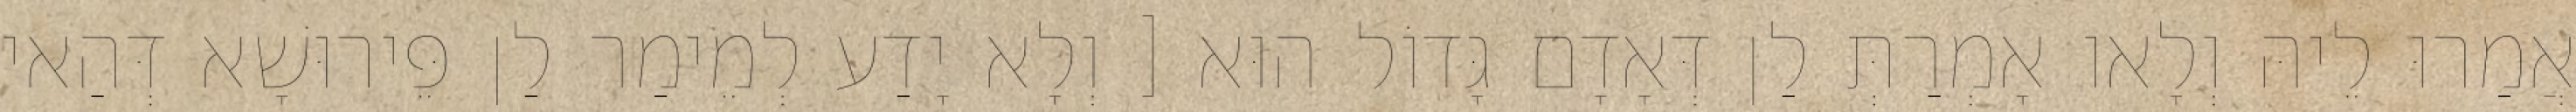
אֲמַרוּ לֵיהּ וְלָאו אָמְרַתְּ לַן דְּאָדָם גָּדוֹל הוּא [ וְלָא יָדַע לְמֵימַר לַן פֵּירוּשָׁא דְּהַאי